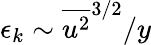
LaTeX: \epsilon_{k}\sim{\overline{{u^{2}}}^{3/2}}/{y}